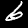
Label: 6